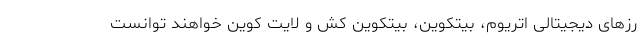
رز‌های دیجیتالی اتریوم، بیتکوین، بیتکوین کش و لایت کوین خواهند توانست